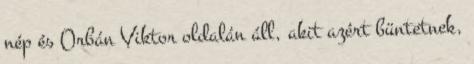
nép és Orbán Viktor oldalán áll, akit azért büntetnek,